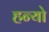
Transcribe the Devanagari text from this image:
हन्‍यो